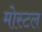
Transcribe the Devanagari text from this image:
मोस्टल